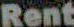
Rent